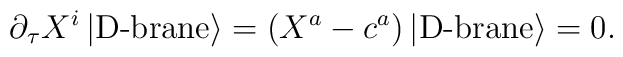
\partial_\tau X^i \left| \mbox{D-brane}\right> = \left( X^a  -c^a\right)\left| \mbox{D-brane}\right> = 0.